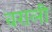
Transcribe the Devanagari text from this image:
वराली